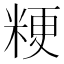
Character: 粳